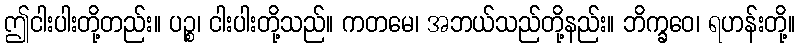
ဤငါးပါးတို့တည်း။ ပဉ္စ၊ ငါးပါးတို့သည်။ ကတမေ၊ အဘယ်သည်တို့နည်း။ ဘိက္ခဝေ၊ ရဟန်းတို့။